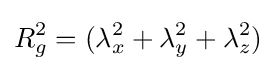
R_{g}^{2}=(\lambda _{x}^{2}+\lambda _{y}^{2}+\lambda _{z}^{2})